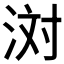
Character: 𪶊